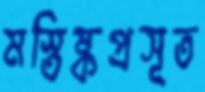
মস্তিষ্কপ্রসূত